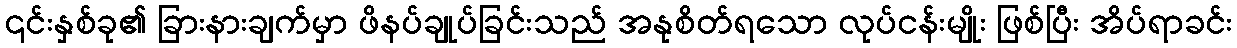
၎င်းနှစ်ခု၏ ခြားနားချက်မှာ ဖိနပ်ချုပ်ခြင်းသည် အနုစိတ်ရသော လုပ်ငန်းမျိုး ဖြစ်ပြီး အိပ်ရာခင်း